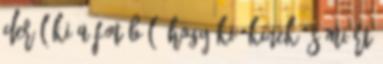
derül ki a fotóból, hogy ki, kinek és miért